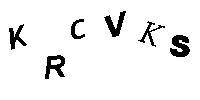
KRCVKS